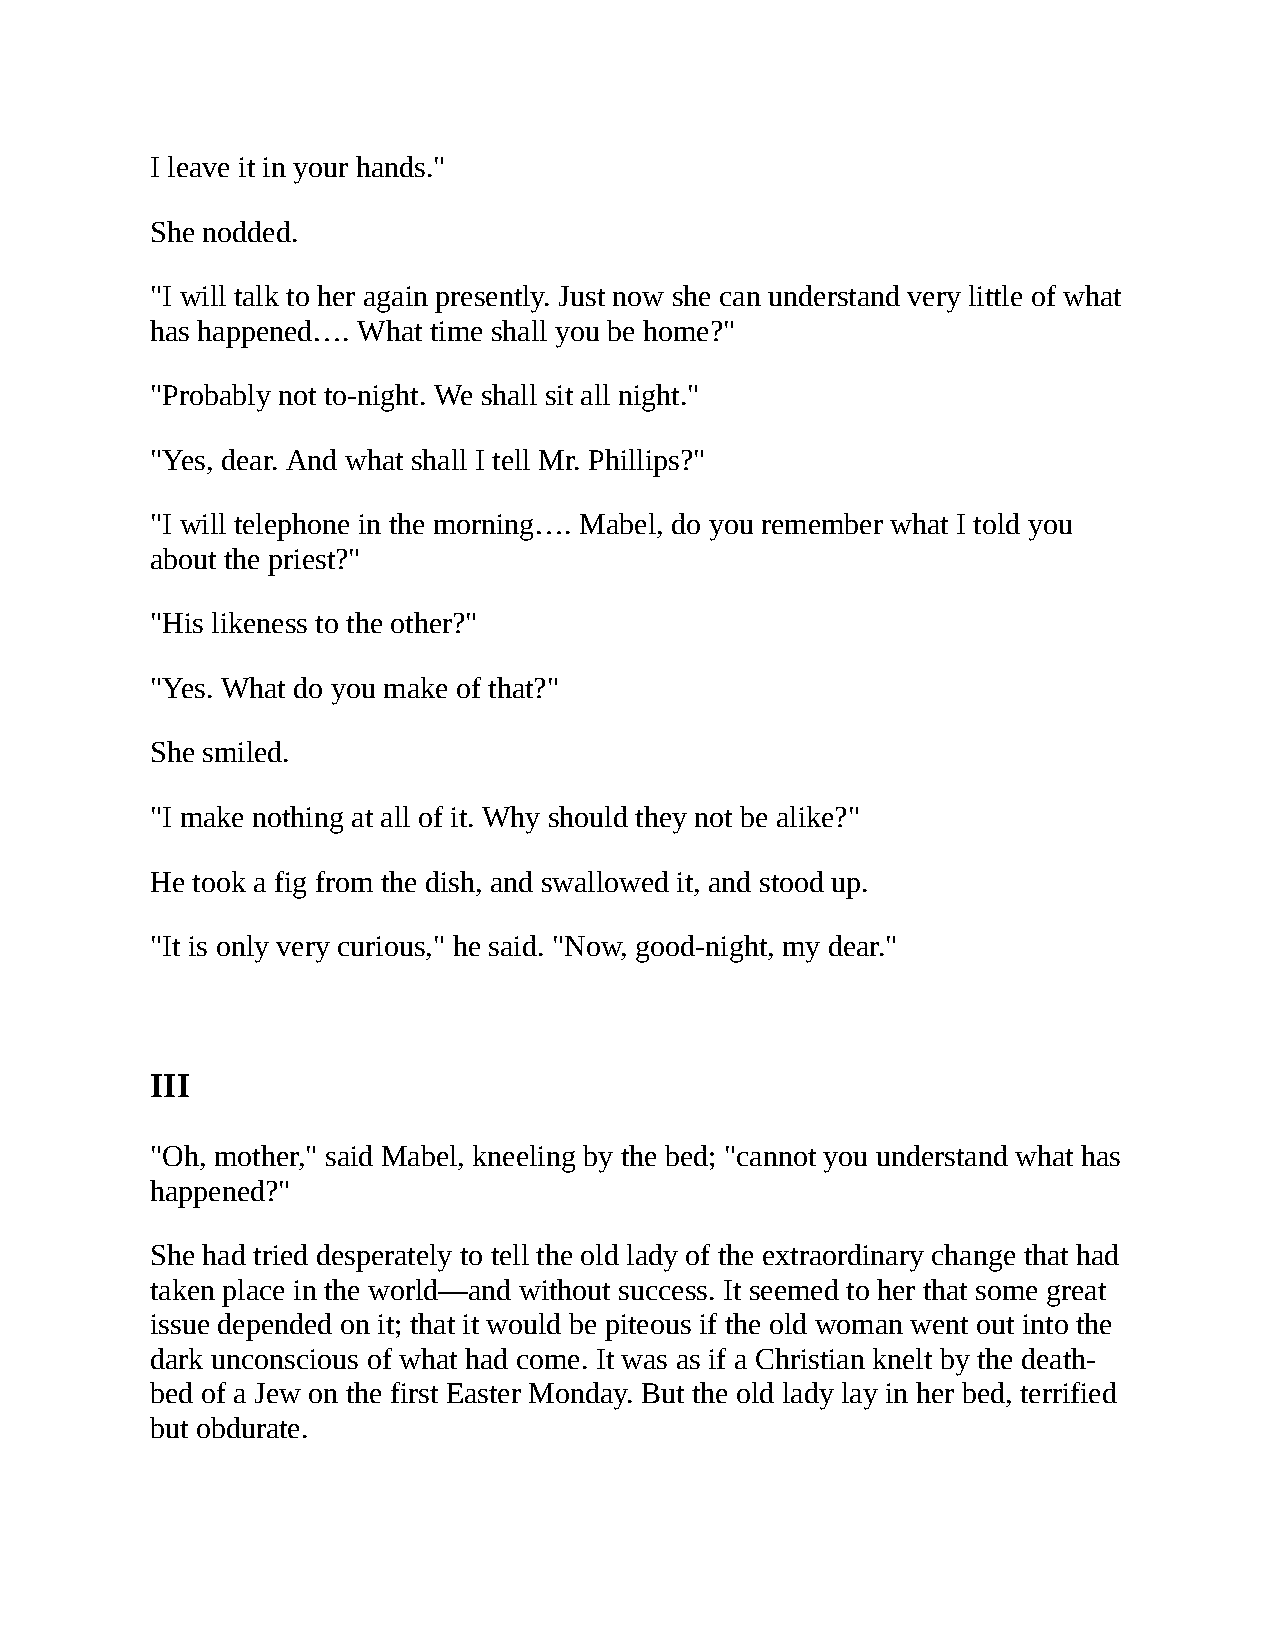
I leave it in your hands."
 She nodded.
 "I will talk to her again presently. Just now she can understand very little of what
 has happened…. What time shall you be home?"
 "Probably not to-night. We shall sit all night."
 "Yes, dear. And what shall I tell Mr. Phillips?"
 "I will telephone in the morning…. Mabel, do you remember what I told you
 about the priest?"
 "His likeness to the other?"
 "Yes. What do you make of that?"
 She smiled.
 "I make nothing at all of it. Why should they not be alike?"
 He took a fig from the dish, and swallowed it, and stood up.
 "It is only very curious," he said. "Now, good-night, my dear."
 III
 "Oh, mother," said Mabel, kneeling by the bed; "cannot you understand what has
 happened?"
 She had tried desperately to tell the old lady of the extraordinary change that had
 taken place in the world—and without success. It seemed to her that some great
 issue depended on it; that it would be piteous if the old woman went out into the
 dark unconscious of what had come. It was as if a Christian knelt by the death-
 bed of a Jew on the first Easter Monday. But the old lady lay in her bed, terrified
 but obdurate.